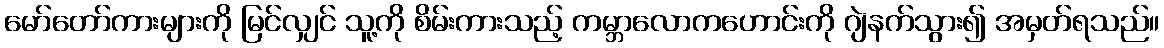
မော်တော်ကားများကို မြင်လျှင် သူ့ကို စိမ်းကားသည့် ကမ္ဘာလောကဟောင်းကို ဂျဲနက်သွား၍ အမှတ်ရသည်။